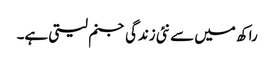
راکھ میں سے نئی زندگی جنم لیتی ہے۔